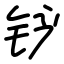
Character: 铲